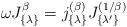
LaTeX: \begin{align*}\omega J_{\{ \lambda \} }^{\beta} =j_{\{ \lambda \} }^{(\beta)} J_{\{ \lambda' \} }^{(1/\beta)}\end{align*}